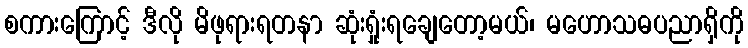
စကားကြောင့် ဒီလို မိဖုရားရတနာ ဆုံးရှုံးရချေတော့မယ်၊ မဟောသဓပညာရှိကို